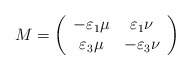
\begin{align*}M=\left( \begin{array}{cc}-\varepsilon_1\mu &\varepsilon_1\nu\\\varepsilon_3\mu&-\varepsilon_{3}\nu\end{array}\right) \end{align*}